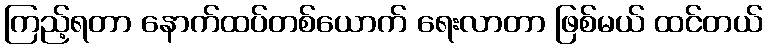
ကြည့်ရတာ နောက်ထပ်တစ်ယောက် ရေးလာတာ ဖြစ်မယ် ထင်တယ်